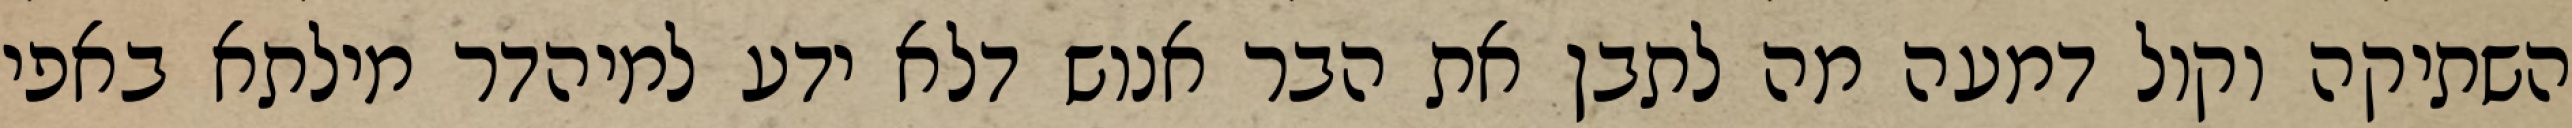
השתיקה וקול דמעה מה לתבן את הבר אנוש דלא ידע למיהדר מילתא באפי